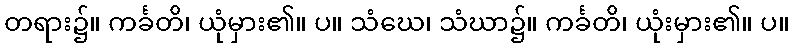
တရား၌။ ကင်္ခတိ၊ ယုံမှား၏။ ပ။ သံဃေ၊ သံဃာ၌။ ကင်္ခတိ၊ ယုံးမှား၏။ ပ။